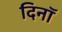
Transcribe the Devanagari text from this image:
दिनॉ